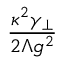
\frac { \kappa ^ { 2 } \gamma _ { \perp } } { 2 \Lambda g ^ { 2 } }